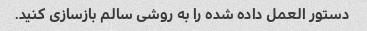
دستور العمل داده شده را به روشی سالم بازسازی کنید.